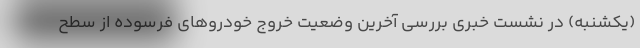
(یکشنبه) در نشست خبری بررسی آخرین وضعیت خروج خودروهای فرسوده از سطح